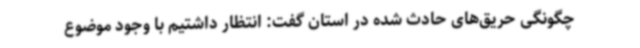
چگونگی حریق‌های حادث شده در استان گفت: انتظار داشتیم با وجود موضوع